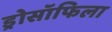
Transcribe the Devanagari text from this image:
ड्रोसॉफिला